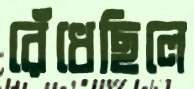
রেঁধেছিলে